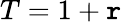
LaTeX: T=1+\mathtt{r}